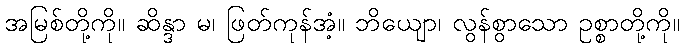
အမြစ်တို့ကို။ ဆိန္ဒာ မ၊ ဖြတ်ကုန်အံ့။ ဘိယျော၊ လွန်စွာသော ဥစ္စာတို့ကို။